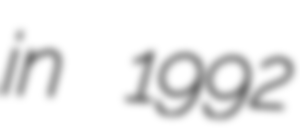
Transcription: in 1992